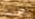
أعذريني